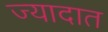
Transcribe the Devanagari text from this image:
ज्यादात